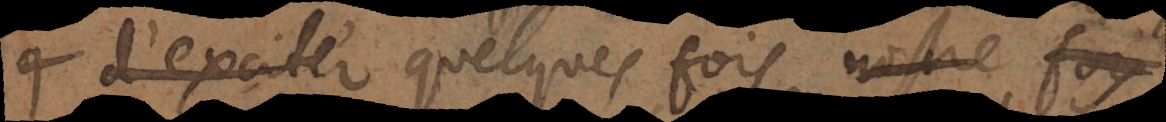
d’exciter quelquesfois nostre foy